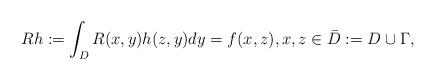
LaTeX: \begin{align*} Rh := \int_D R(x,y)h(z,y)dy = f(x,z),x,z \in \bar{D} := D \cup \Gamma,\end{align*}